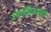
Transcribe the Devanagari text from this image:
रणधीरराव